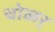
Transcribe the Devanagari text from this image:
चोळर्